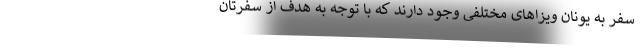
سفر به یونان ویزاهای مختلفی وجود دارند که با توجه به هدف از سفرتان